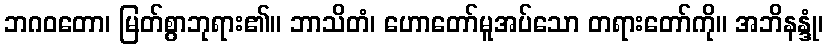
ဘဂဝတော၊ မြတ်စွာဘုရား၏။ ဘာသိတံ၊ ဟောတော်မူအပ်သော တရားတော်ကို။ အဘိနန္ဒုံ၊